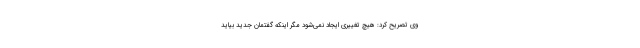
وی تصریح کرد: هیچ تغییری ایجاد نمی‌شود مگر اینکه گفتمان جدید بیاید